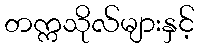
တက္ကသိုလ်များနှင့်